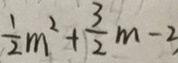
\frac { 1 } { 2 } m ^ { 2 } + \frac { 3 } { 2 } m - 3